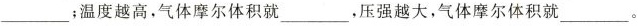
__﹔温度越高，气体摩尔体积就___，压强越大，气体摩尔体积就___。